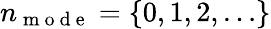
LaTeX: n_{\mathrm{~m~o~d~e~}}=\{ 0,1,2,\ldots\}